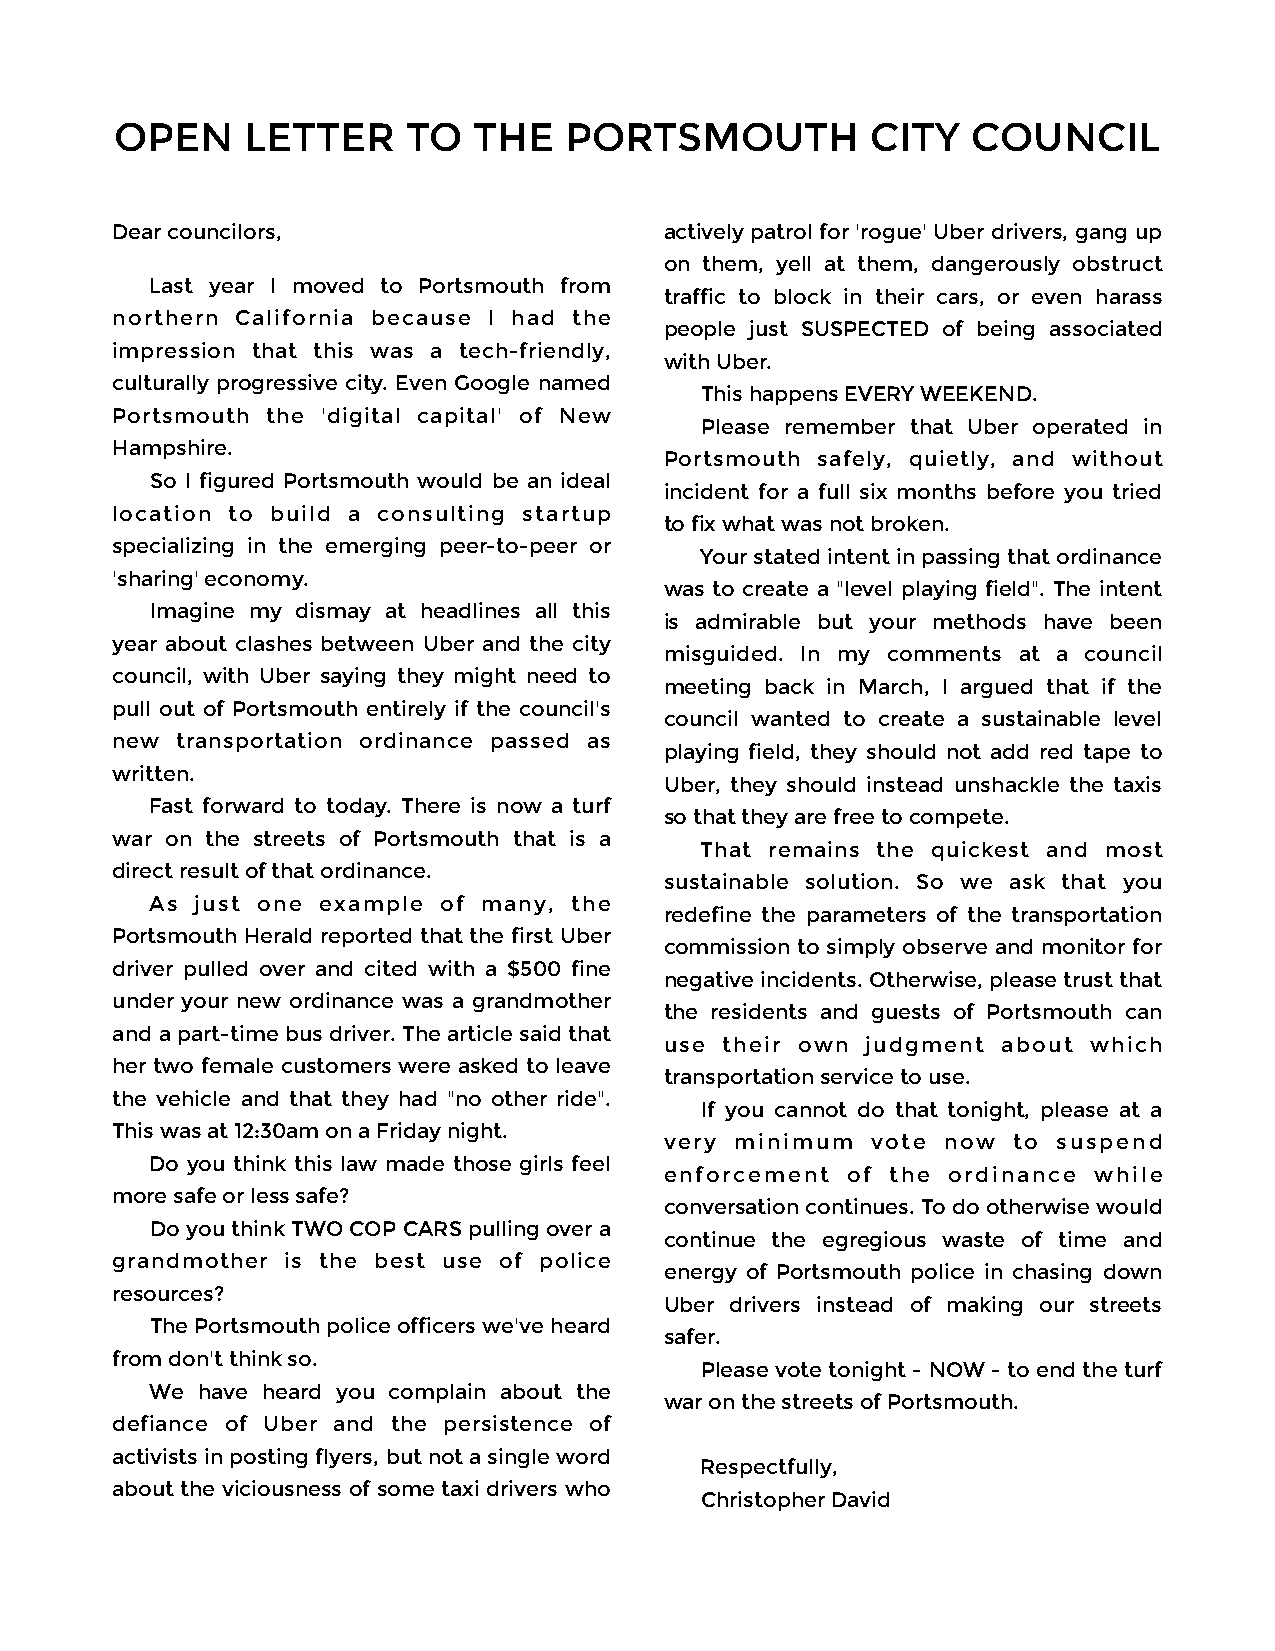
OPEN    LETTER     TO  THE   PORTSMOUTH           CITY  COUNCIL
 Dear councilors,                     actively patrol for 'rogue' Uber drivers, gang up
 on them, yell at them, dangerously obstruct
 Last year I moved to Portsmouth from
 traffic to block in their cars, or even harass
 northern California because I had the
 people just SUSPECTED of being associated
 impression that this was a tech-friendly,
 with Uber.
 culturally progressive city. Even Google named
 This happens EVERY WEEKEND.
 Portsmouth the 'digital capital' of New
 Please remember that Uber operated in
 Hampshire.
 Portsmouth safely, quietly, and without
 So I figured Portsmouth would be an ideal
 incident for a full six months before you tried
 location to build a consulting startup
 to fix what was not broken.
 specializing in the emerging peer-to-peer or
 Your stated intent in passing that ordinance
 'sharing' economy.
 was to create a "level playing field". The intent
 Imagine my dismay at headlines all this
 is admirable but your methods have been
 year about clashes between Uber and the city
 misguided. In my comments at a council
 council, with Uber saying they might need to
 meeting back in March, I argued that if the
 pull out of Portsmouth entirely if the council's
 council wanted to create a sustainable level
 new  transportation ordinance passed as
 playing field, they should not add red tape to
 written.
 Uber, they should instead unshackle the taxis
 Fast forward to today. There is now a turf
 so that they are free to compete.
 war on the streets of Portsmouth that is a
 That remains the quickest and most
 direct result of that ordinance.
 sustainable solution. So we ask that you
 As just one example of many, the
 redefine the parameters of the transportation
 Portsmouth Herald reported that the first Uber
 commission to simply observe and monitor for
 driver pulled over and cited with a $500 fine
 negative incidents. Otherwise, please trust that
 under your new ordinance was a grandmother
 the residents and guests of Portsmouth can
 and a part-time bus driver. The article said that
 use their own judgment about which
 her two female customers were asked to leave
 transportation service to use.
 the vehicle and that they had "no other ride".
 If you cannot do that tonight, please at a
 This was at 12:30am on a Friday night.
 very minimum  vote now to suspend
 Do you think this law made those girls feel
 enforcement of the ordinance while
 more safe or less safe?
 conversation continues. To do otherwise would
 Do you think TWO COP CARS pulling over a
 continue the egregious waste of time and
 grandmother is the best use of police
 energy of Portsmouth police in chasing down
 resources?
 Uber drivers instead of making our streets
 The Portsmouth police officers we've heard
 safer.
 from don't think so.
 Please vote tonight - NOW - to end the turf
 We have heard you complain about the
 war on the streets of Portsmouth.
 defiance of Uber and the persistence of
 activists in posting flyers, but not a single word
 Respectfully,
 about the viciousness of some taxi drivers who
 Christopher David